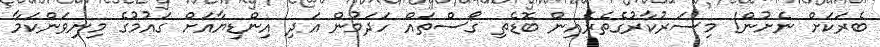
ބެރަކަށް ނެށުން! މިސަރުކާރުގެތެރެއިން ބޮޑެތި ގޯސްތައް ހަދަމުން އަދި އިންޑިޔާއަށް ގައުމުގެ މިނިވަންކަމާ